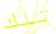
تلك